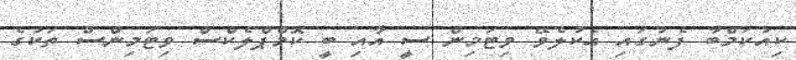
ކިއުކަމްބާ ފެނުގައި އެކުލެވޭ ވިޓަމިން ސީ އާއި ބީ ކޮމްޕްލެކްސް ވިޓަމިންސް ތަކުގެ